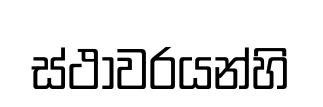
ස්ථාවරයන්හි